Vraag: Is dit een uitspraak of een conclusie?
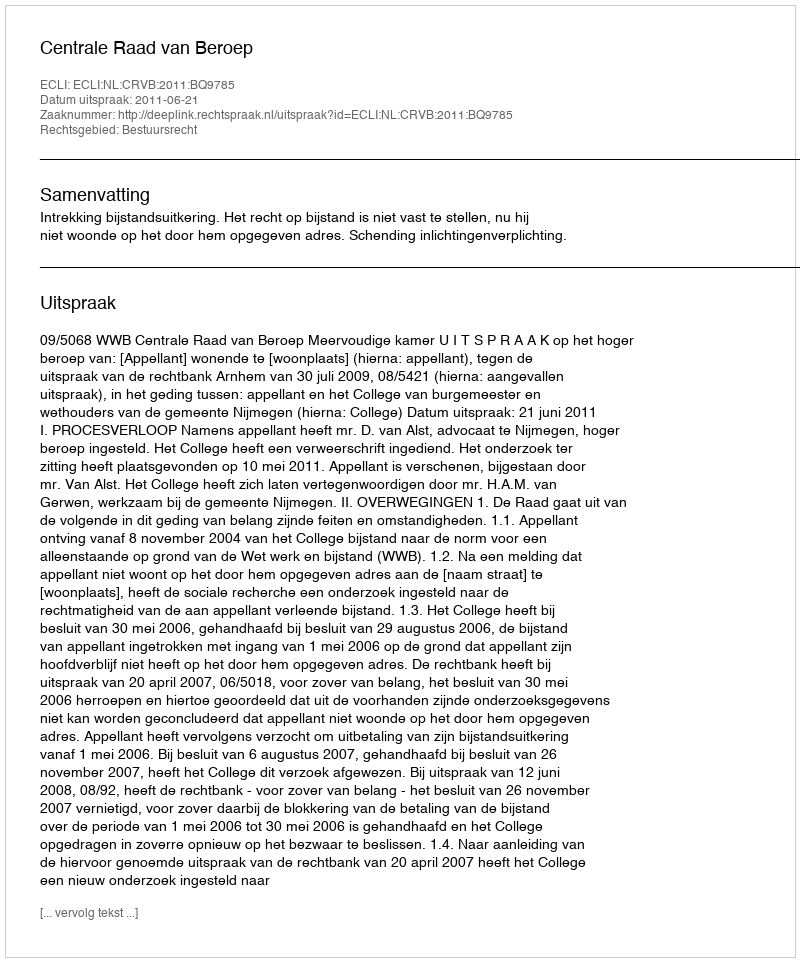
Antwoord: Uitspraak